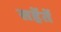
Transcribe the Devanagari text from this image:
सहेंतें